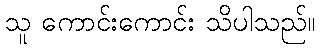
သူ ကောင်းကောင်း သိပါသည်။